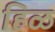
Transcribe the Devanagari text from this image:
हिळ